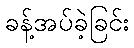
ခန့်အပ်ခဲ့ခြင်း